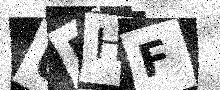
Text: UDHF